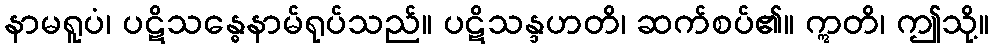
နာမရူပံ၊ ပဋိသန္ဓေနာမ်ရုပ်သည်။ ပဋိသန္ဒဟတိ၊ ဆက်စပ်၏။ ဣတိ၊ ဤသို့။